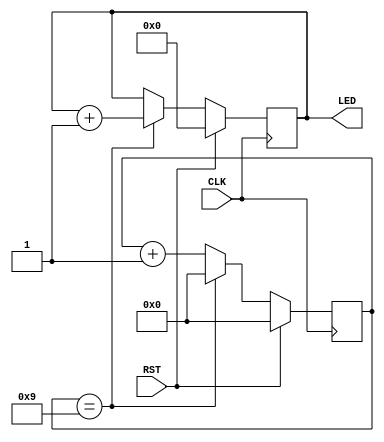
module led #
  (
   parameter STEP = 10
   )
  (
   input CLK,
   input RST,
   output reg [7:0] LED
   );
  
  reg [31:0] count;
  
  always @(posedge CLK) begin
    if(RST) begin
      count <= 0;
      LED <= 0;
    end else begin
      if(count == STEP - 1) begin
        count <= 0;
        LED <= LED + 1;
      end else begin
        count <= count + 1;
      end
    end
  end
endmodule